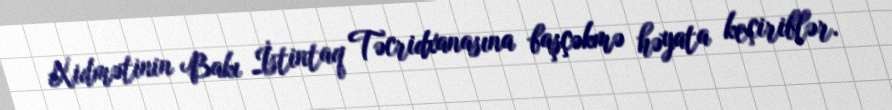
Xidmətinin Bakı İstintaq Təcridxanasına başçəkmə həyata keçiriblər.